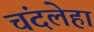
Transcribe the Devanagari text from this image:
चंदलेहा